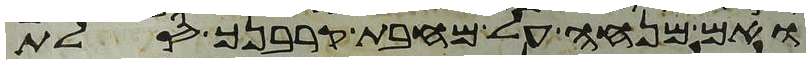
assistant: ואם מנחה על מחבת קרבנך סלת